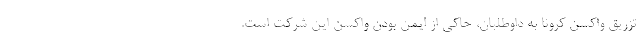
تزریق واکسن کرونا به داوطلبان، حاکی از ایمن بودن واکسن این شرکت است.